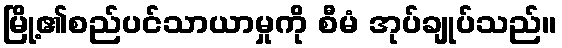
မြို့၏စည်ပင်သာယာမှုကို စီမံ အုပ်ချုပ်သည်။